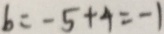
b = - 5 + 4 = - 1